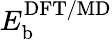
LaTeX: E_{\mathrm{b}}^{\mathrm{DFT/MD}}